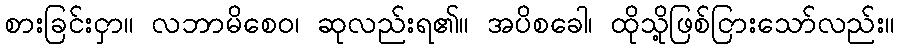
စားခြင်းငှာ။ လဘာမိစေဝ၊ ဆုလည်းရ၏။ အပိစခေါ၊ ထိုသို့ဖြစ်ငြားသော်လည်း။